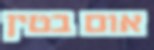
אום בטין